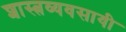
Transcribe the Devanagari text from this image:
शास्त्रव्यवसायी